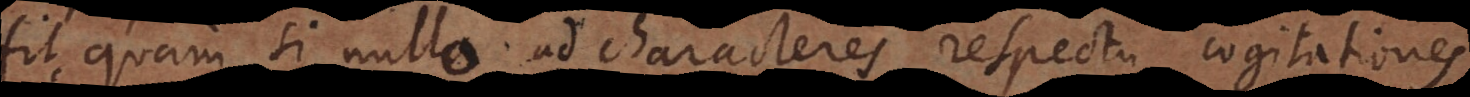
fit, quam si nullo ad characteres respectu cogitationes